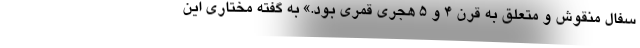
سفال منقوش و متعلق به قرن ۴ و ۵ هجری قمری بود.» به گفته مختاری این